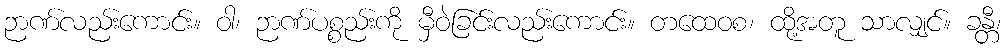
ဉာဏ်လည်းကောင်း။ ဝါ၊ ဉာဏ်ပစ္စည်းကို မှီဝဲခြင်းလည်းကောင်း။ တထေဝစ၊ ထို့အတူ သာလျှင်။ ခန္တီ၊